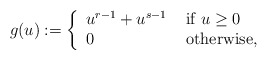
\begin{align*} g(u):=\left\{ \begin{array}{ll}u^{r-1}+u^{s-1} & {\mbox{ if }} u\geq 0 \\ 0 & {\mbox{ otherwise,}}\end{array}\right.\end{align*}